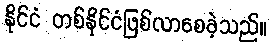
နိုင်ငံ တစ်နိုင်ငံဖြစ်လာစေခဲ့သည်။